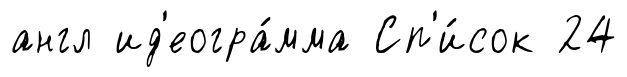
англ ид'еогра́мма Сп'и́сок 24